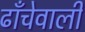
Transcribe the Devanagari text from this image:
ढाँचेवाली